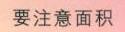
要注意面积